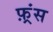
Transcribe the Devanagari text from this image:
फ़्रंस